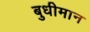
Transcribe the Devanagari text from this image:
बुधीमान